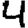
Digit: 4